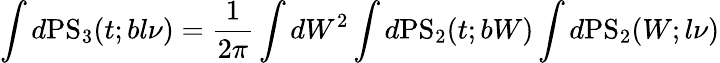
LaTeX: \int d\mathrm{PS}_{3}(t;bl\nu)=\frac{1}{2\pi}\int dW^{2}\int d\mathrm{PS}_{2}(t;bW)\int d\mathrm{PS}_{2}(W;l\nu)